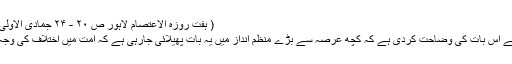
( ہفت روزہ الاعتصام لاہور ص ۲۰ - ۲۴ جمادی الاولٰی ۱۴۱۶ھ)
ہم نے پہلے اس بات کی وضاحت کردی ہے کہ کچھ عرصہ سے بڑے منظم انداز میں یہ بات پھیلائی جارہی ہے کہ امت میں اختلاف کی وجہ فقہ ہے ۔